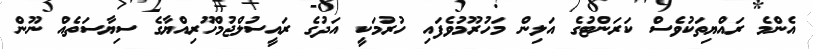
އެންމެ ރައްޔިތަކުވެސް ކަރަންޓުގެ އަލިން މަހުރޫމުވެފައި ހުރުމަކީ އަދުގެ ރައީސުލްޖުމްހޫރިއްޔާގެ ސިޔާސަތެއް ނޫން